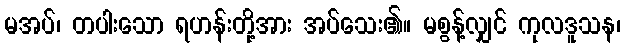
မအပ်၊ တပါးသော ရဟန်းတို့အား အပ်သေး၏။ မစွန့်လျှင် ကုလဒူသန၊